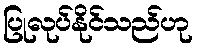
ပြုလုပ်နိုင်သည်ဟု